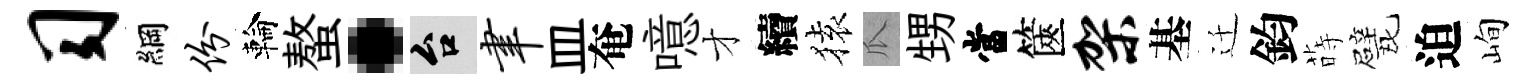
习綱份輪螯·台聿皿奄噫才續𫞤瓜甥當篋架基迁鈞蒔戏迫峋